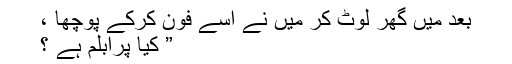
بعد میں گھر لوٹ کر میں نے اسے فون کرکے پوچھا ،
” کیا پرابلم ہے ؟